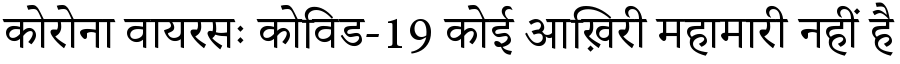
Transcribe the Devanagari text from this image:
कोरोना वायरसः कोविड-19 कोई आख़िरी महामारी नहीं है